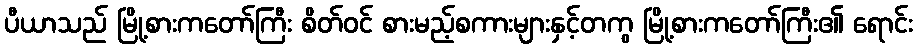
ပီယာသည် မြို့စားကတော်ကြီး စိတ်ဝင် စားမည့်စကားများနှင့်တကွ မြို့စားကတော်ကြီး၏ ရောင်း